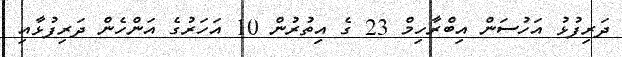
ދަރިފުޅު އަހުސަން އިބްރާހިމް 23 ގެ އިތުރުން 10 އަހަރުގެ އަންހެން ދަރިފުޅާއި